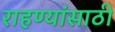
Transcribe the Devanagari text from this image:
राहण्यांसाठी